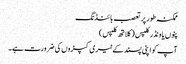
ممکنہ طور پر تعصب بائنڈنگ
پنوں یا ونڈر کلپس (کلاتھ کلپس)
آپ کو اپنی پسند کے ٹیری کپڑوں کی ضرورت ہے۔